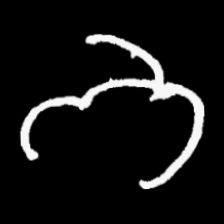
Pyu character \u2014 Myanmar letter: ဘ (romanized: bha)